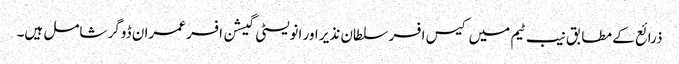
ذرائع کے مطابق نیب ٹیم میں کیس افسر سلطان نذیر اور انویسٹی گیشن افسر عمران ڈوگر شامل ہیں۔